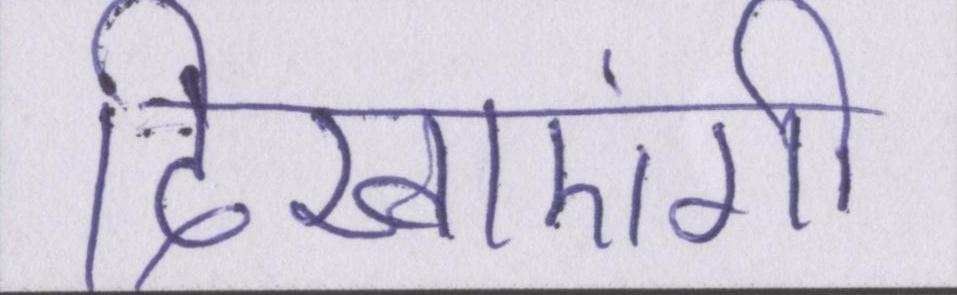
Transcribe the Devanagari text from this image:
दिखाएंगी